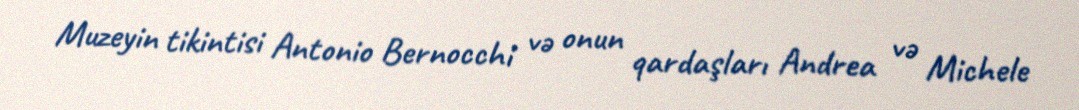
Muzeyin tikintisi Antonio Bernocchi və onun qardaşları Andrea və Michele